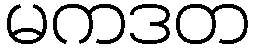
မကဒတ